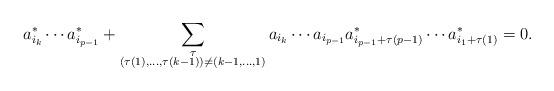
LaTeX: \begin{align*}a_{i_k}^*\cdots a_{i_{p-1}}^*+\sum_{\substack{\tau\cr (\tau(1),\dots,\tau(k-1))\ne(k-1,\dots,1)}} a_{i_k}\cdots a_{i_{p-1}}a_{i_{p-1}+\tau(p-1)}^*\cdots a_{i_1+\tau(1)}^*=0.\end{align*}